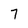
Character: 7